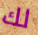
لك